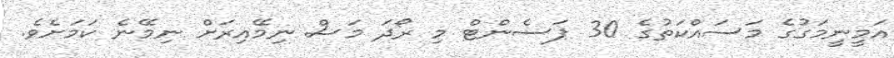
އަމީނީމަގުގެ މަސައްކަތުގެ 30 ޕަސެންޓް މި ރޯދަ މަސް ނިމޭއިރަށް ނިމޭނެ ކަމަށެވެ.